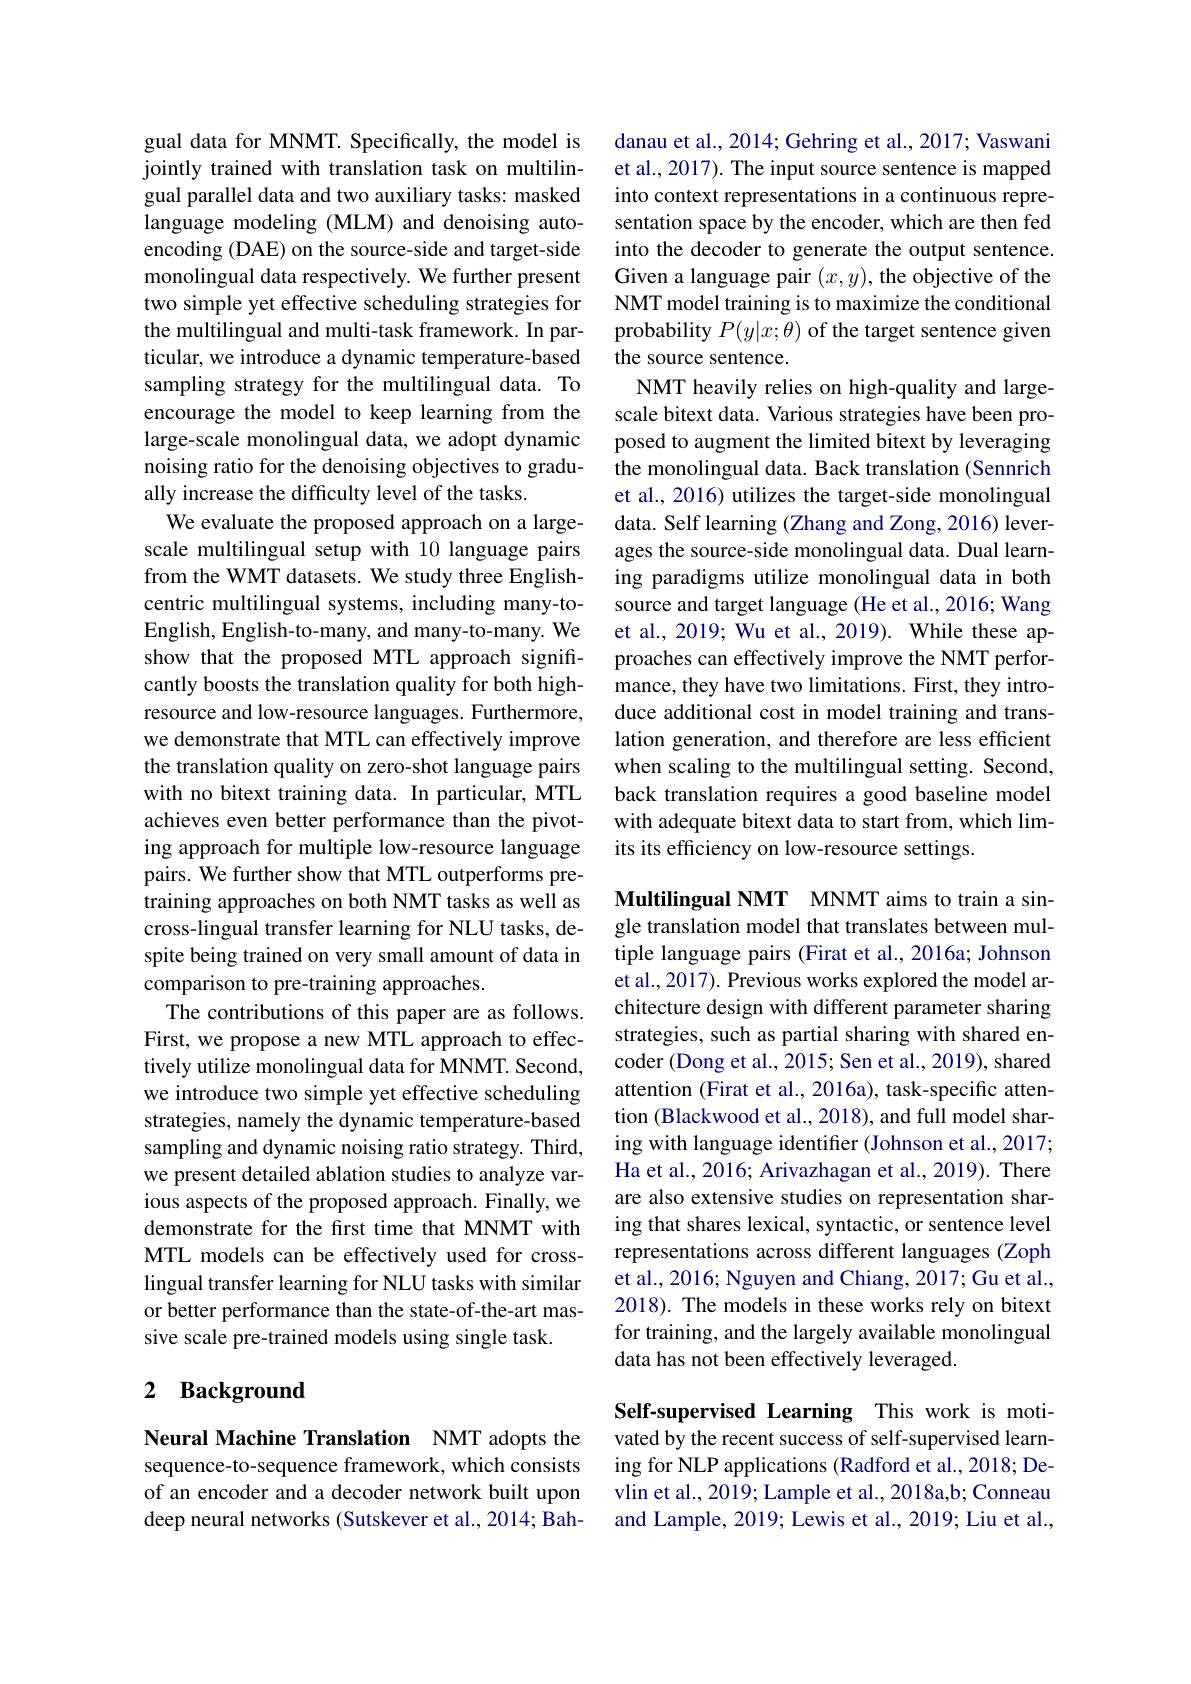
gual data for MNMT. Specifically, the model is jointly trained with translation task on multilingual parallel data and two auxiliary tasks: masked language modeling (MLM) and denoising autoencoding (DAE) on the source-side and target-side monolingual data respectively. We further present two simple yet effective scheduling strategies for the multilingual and multi-task framework. In particular, we introduce a dynamic temperature-based sampling strategy for the multilingual data. To encourage the model to keep learning from the large-scale monolingual data, we adopt dynamic noising ratio for the denoising objectives to gradually increase the difficulty level of the tasks.
We evaluate the proposed approach on a largescale multilingual setup with 10 language pairs from the WMT datasets. We study three Englishcentric multilingual systems, including many-toEnglish, English-to-many, and many-to-many. We show that the proposed MTL approach significantly boosts the translation quality for both highresource and low-resource languages. Furthermore, we demonstrate that MTL can effectively improve the translation quality on zero-shot language pairs with no bitext training data. In particular, MTL achieves even better performance than the pivoting approach for multiple low-resource language pairs. We further show that MTL outperforms pretraining approaches on both NMT tasks as well as cross-lingual transfer learning for NLU tasks, despite being trained on very small amount of data in comparison to pre-training approaches.
The contributions of this paper are as follows. First, we propose a new MTL approach to effectively utilize monolingual data for MNMT. Second, we introduce two simple yet effective scheduling strategies, namely the dynamic temperature-based sampling and dynamic noising ratio strategy. Third, we present detailed ablation studies to analyze various aspects of the proposed approach. Finally, we demonstrate for the first time that MNMT with MTL models can be effectively used for crosslingual transfer learning for NLU tasks with similar or better performance than the state-of-the-art massive scale pre-trained models using single task

## 2 Background

Neural Machine Translation NMT adopts the sequence-to-sequence framework, which consists of an encoder and a decoder network built upon deep neural networks (Sutskever et al., 2014; Bah-

danau et al., 2014; Gehring et al., 2017; Vaswani et al., 2017). The input source sentence is mapped into context representations in a continuous representation space by the encoder, which are then fed into the decoder to generate the output sentence. Given a language pair $(x,y)$, the objective of the NMT model training is to maximize the conditional probability $P(y|x;\theta)$ of the target sentence given the source sentence.
NMT heavily relies on high-quality and largescale bitext data. Various strategies have been proposed to augment the limited bitext by leveraging the monolingual data. Back translation (Sennrich et al., 2016) utilizes the target-side monolingual data. Self learning (Zhang and Zong, 2016) leverages the source-side monolingual data. Dual learning paradigms utilize monolingual data in both source and target language (He et al., 2016; Wang et al., 2019; Wu et al., 2019). While these approaches can effectively improve the NMT performance, they have two limitations. First, they introduce additional cost in model training and translation generation, and therefore are less efficient when scaling to the multilingual setting. Second back translation requires a good baseline model with adequate bitext data to start from, which limits its efficiency on low-resource settings.

Multilingual NMT MNMT aims to train a single translation model that translates between multiple language pairs (Firat et al., 2016a; Johnson et al., 2017). Previous works explored the model architecture design with different parameter sharing strategies, such as partial sharing with shared encoder (Dong et al., 2015; Sen et al., 2019), shared attention (Firat et al., 2016a), task-specific attention (Blackwood et al., 2018), and full model sharing with language identiffer (Johnson et al., 2017; Ha et al., 2016; Arivazhagan et al., 2019). There are also extensive studies on representation sharing that shares lexical, syntactic, or sentence level representations across different languages (Zoph et al., 2016; Nguyen and Chiang, 2017; Gu et al., 2018). The models in these works rely on bitext for training, and the largely available monolingual data has not been effectively leveraged.

Self-supervised Learning This work is motivated by the recent success of self-supervised learning for NLP applications (Radford et al., 2018; Devlin et al., 2019; Lample et al., 2018a,b; Conneau and Lample, 2019; Lewis et al., 2019; Liu et al.,